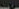
عروفة